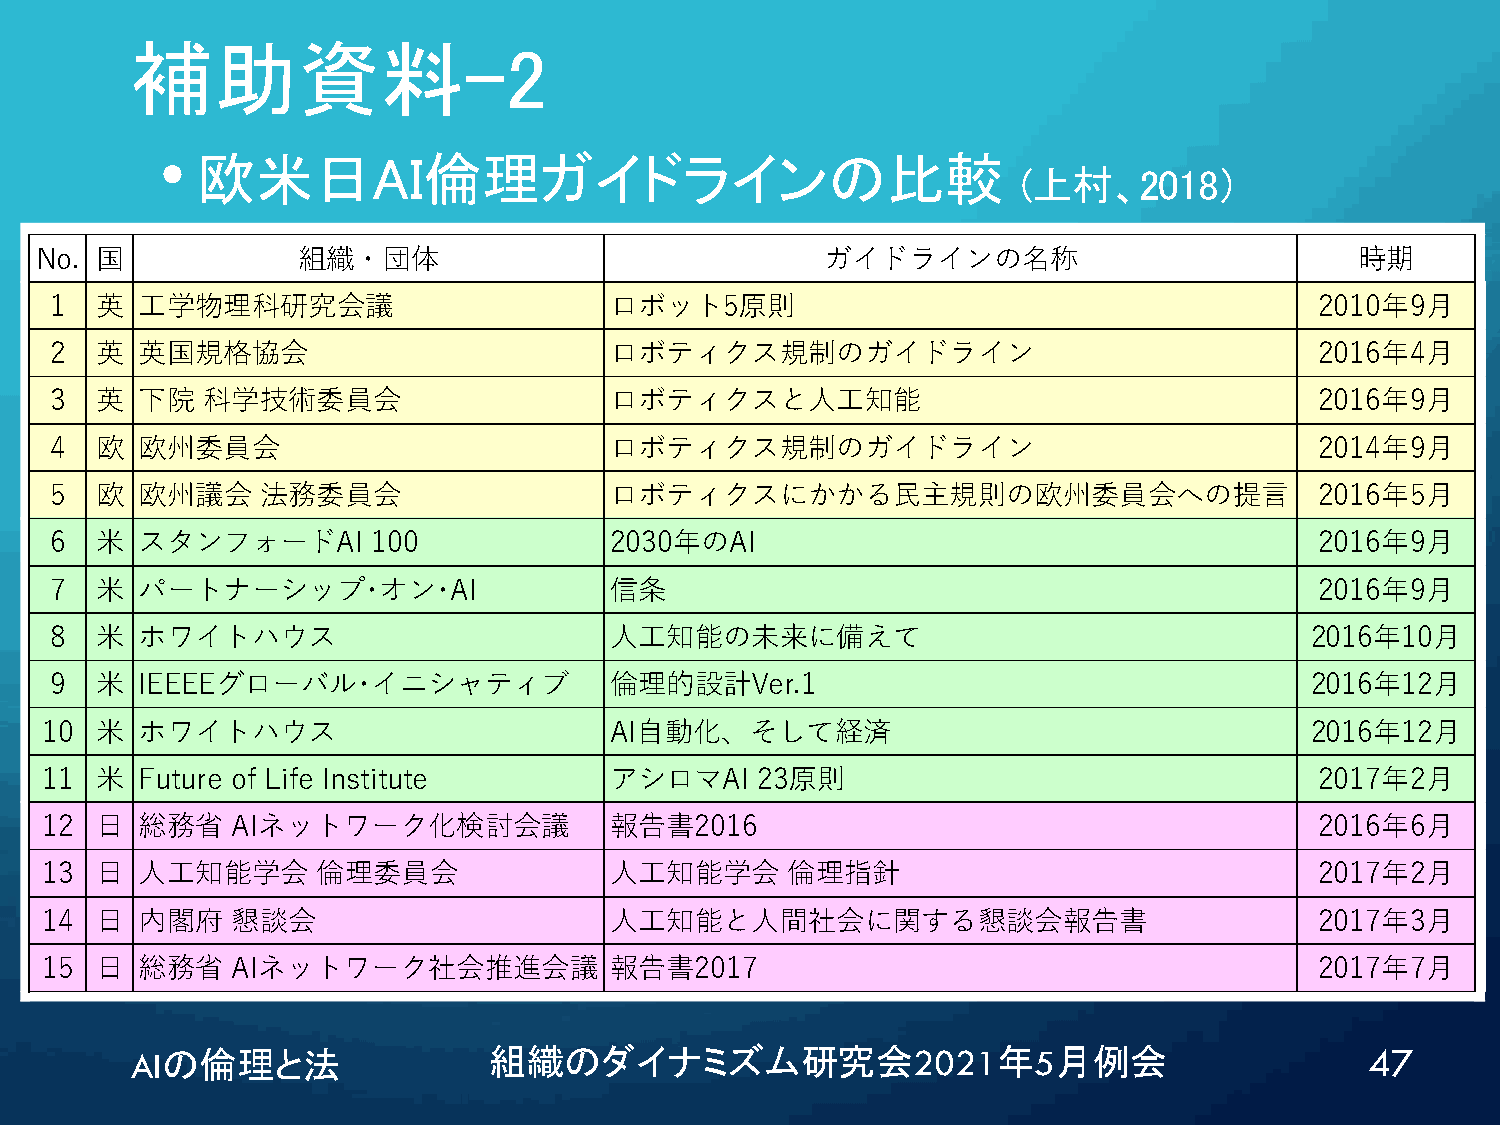
補助資料-2
 •
 欧米日AI倫理ガイドラインの比較
 (上村、2018）
 No. 国             組織・団体                              ガイドラインの名称                          時期
 1  英  工学物理科研究会議                      ロボット5原則                                        2010年9月
 2  英  英国規格協会                         ロボティクス規制のガイドライン                                2016年4月
 3  英  下院  科学技術委員会                    ロボティクスと人工知能                                    2016年9月
 4  欧  欧州委員会                          ロボティクス規制のガイドライン                                2014年9月
 5  欧  欧州議会    法務委員会                  ロボティクスにかかる民主規則の欧州委員会への提言                       2016年5月
 6  米  スタンフォードAI       100            2030年のAI                                       2016年9月
 7  米  パートナーシップ･オン･AI                 信条                                             2016年9月
 8  米  ホワイトハウス                        人工知能の未来に備えて                                    2016年10月
 9  米  IEEEEグローバル･イニシャティブ             倫理的設計Ver.1                                     2016年12月
 10 米  ホワイトハウス                        AI自動化、そして経済                                    2016年12月
 11 米  Future of Life Institute       アシロマAI    23原則                                 2017年2月
 12 日  総務省   AIネットワーク化検討会議            報告書2016                                        2016年6月
 13 日  人工知能学会      倫理委員会              人工知能学会      倫理指針                               2017年2月
 14 日  内閣府   懇談会                      人工知能と人間社会に関する懇談会報告書                            2017年3月
 15 日  総務省   AIネットワーク社会推進会議           報告書2017                                        2017年7月
 AIの倫理と法                組織のダイナミズム研究会2021年5月例会                                      47